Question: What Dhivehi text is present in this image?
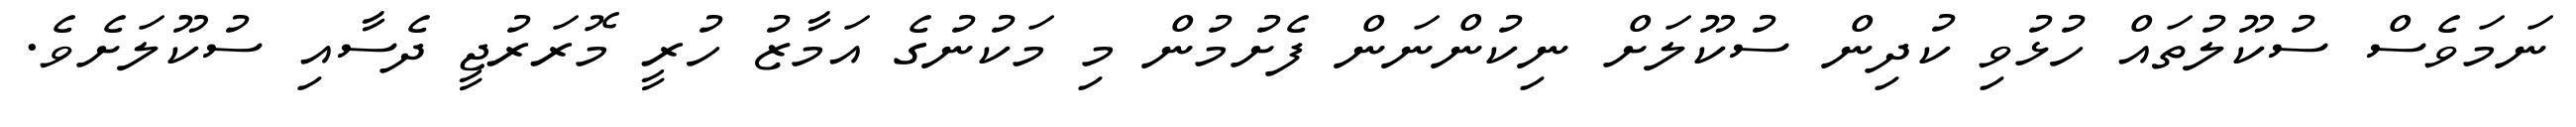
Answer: ނަމަވެސް ސުކޫލުތައް ހުޅުވި ކުދިން ސުކޫލަށް ނިކުންނަން ފެށުމުން މި މަކުނުގެ އަމާޒު ހުރީ މޮރަރުޖީ ދެސާއި ސުކޫލަށެވެ.